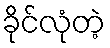
ခိုင်လုံတဲ့